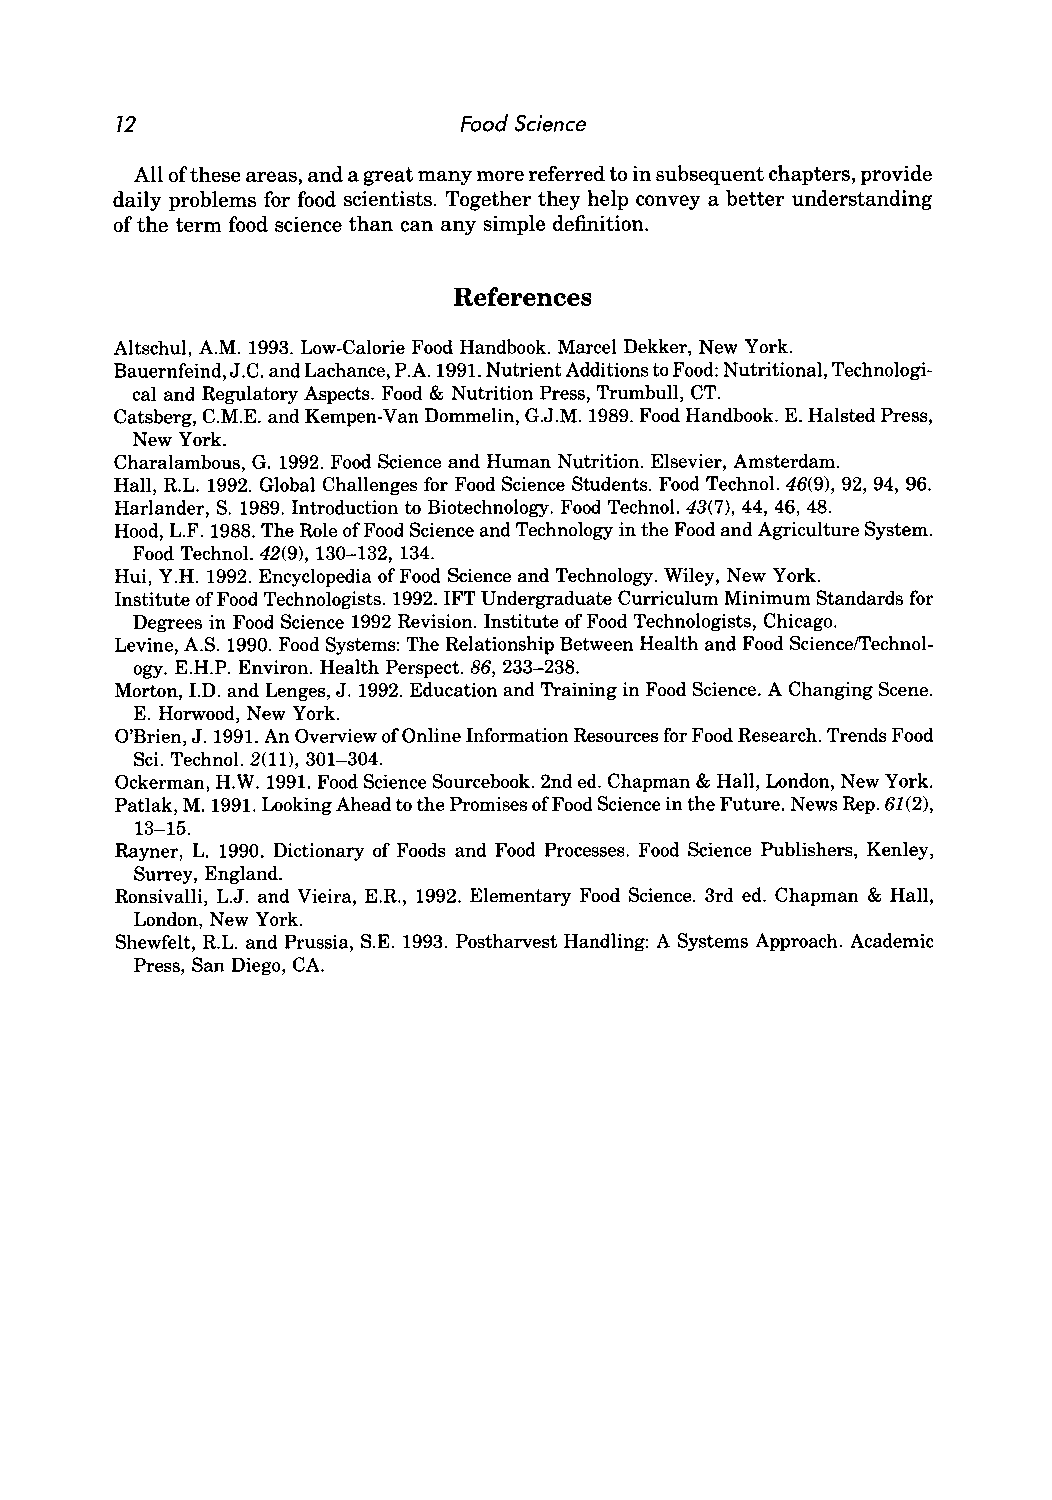
12                     Food Science
 All of these areas, and a great many more referred to in subsequent chapters, provide
 daily problems for food scientists. Together they help convey a better understanding
 of the term food science than can any simple definition.
 References
 Altschul, A.M. 1993. Low-Calorie Food Handbook. Marcel Dekker, New York.
 Bauernfeind, J.C. and Lachance, P.A. 1991. Nutrient Additions to Food: Nutritional, Technologi
 cal and Regulatory Aspects. Food & Nutrition Press, Trumbull, CT.
 Catsberg, C.M.K and Kempen-Van Dommelin, G.J.M. 1989. Food Handbook. K Halsted Press,
 New York.
 Charalambous, G. 1992. Food Science and Human Nutrition. Elsevier, Amsterdam.
 Hall, R.L. 1992. Global Challenges for Food Science Students. Food Techno!. 46(9), 92, 94, 96.
 Harlander, S. 1989. Introduction to Biotechnology. Food Techno!. 43(7), 44, 46, 48.
 Hood, L.F. 1988. The Role of Food Science and Technology in the Food and Agriculture System.
 Food Techno!. 42(9), 130-132, 134.
 Hui, Y.H. 1992. Encyclopedia of Food Science and Technology. Wiley, New York.
 Institute of Food Technologists. 1992. 1FT Undergraduate Curriculum Minimum Standards for
 Degrees in Food Science 1992 Revision. Institute of Food Technologists, Chicago.
 Levine, A.S. 1990. Food Systems: The Relationship Between Health and Food SciencelTechnol
 ogy. KH.P. Environ. Health Perspect. 86, 233-238.
 Morton, I.D. and Lenges, J. 1992. Education and Training in Food Science. A Changing Scene.
 K Horwood, New York.
 O'Brien, J. 1991. An Overview of Online Information Resources for Food Research. Trends Food
 Sci. Techno!. 2(11), 301-304.
 Ockerman, H.W. 1991. Food Science Sourcebook. 2nd ed. Chapman & Hall, London, New York.
 Patlak, M. 1991. Looking Ahead to the Promises of Food Science in the Future. News Rep. 61(2),
 13-15.
 Rayner, L. 1990. Dictionary of Foods and Food Processes. Food Science Publishers, Kenley,
 Surrey, England.
 Ronsivalli, L.J. and Vieira, KR., 1992. Elementary Food Science. 3rd ed. Chapman & Hall,
 London, New York.
 Shewfelt, R.L. and Prussia, S.K 1993. Postharvest Handling: A Systems Approach. Academic
 Press, San Diego, CA.